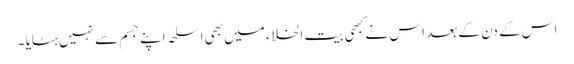
اس کے دن کے بعد اس نے کبھی بیت الخلاء میں بھی اسلحہ اپنے جسم سے نہیں ہٹایا ۔